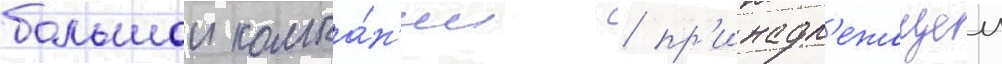
большои компа́н'ии / пр'инадл'ежащеи